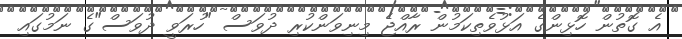
އެ ގޮތުން ހޮޅިންގެ އަޅުވެތިކަމުން ރާއްޖެ މިނިވަންކުރި ދުވަސް "ހުރަވީ ދުވަސް"ގެ ނަމުގައި